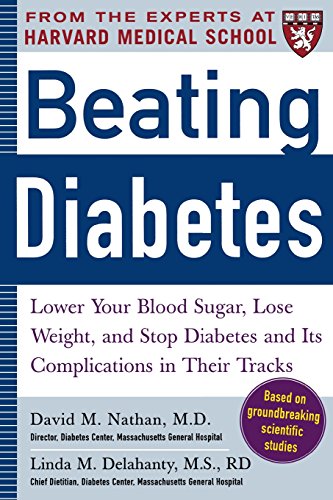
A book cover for Beating Diabetes (A Harvard Medical School Book): Lower Your Blood Sugar, Lose Weight, and Stop Diabetes and Its Complications in Their Tracks; David Nathan; Health, Fitness & Dieting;